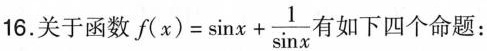
16.关于函数 $$f(x)= \sin x+ \frac{1}{\sin x}$$ 有如下四个命题：